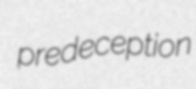
predeception